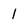
Character: 1